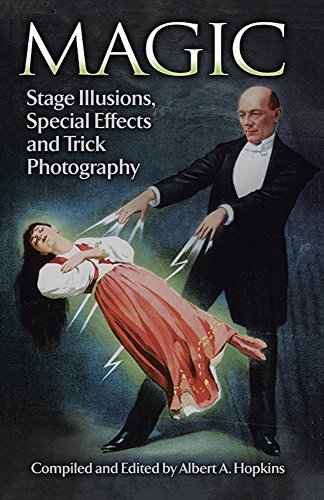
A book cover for Magic: Stage Illusions, Special Effects and Trick Photography (Dover Magic Books); Humor & Entertainment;